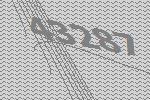
43287